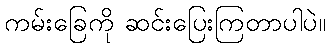
ကမ်းခြေကို ဆင်းပြေးကြတာပါပဲ။